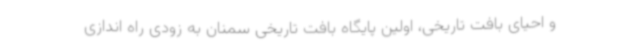
و احیای بافت تاریخی، اولین پایگاه بافت تاریخی سمنان به زودی راه اندازی